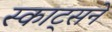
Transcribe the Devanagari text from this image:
स्काट्सने